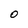
Character: O